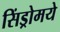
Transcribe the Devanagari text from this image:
सिंड्रोमये